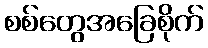
စစ်တွေအခြေစိုက်